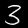
Digit: 3